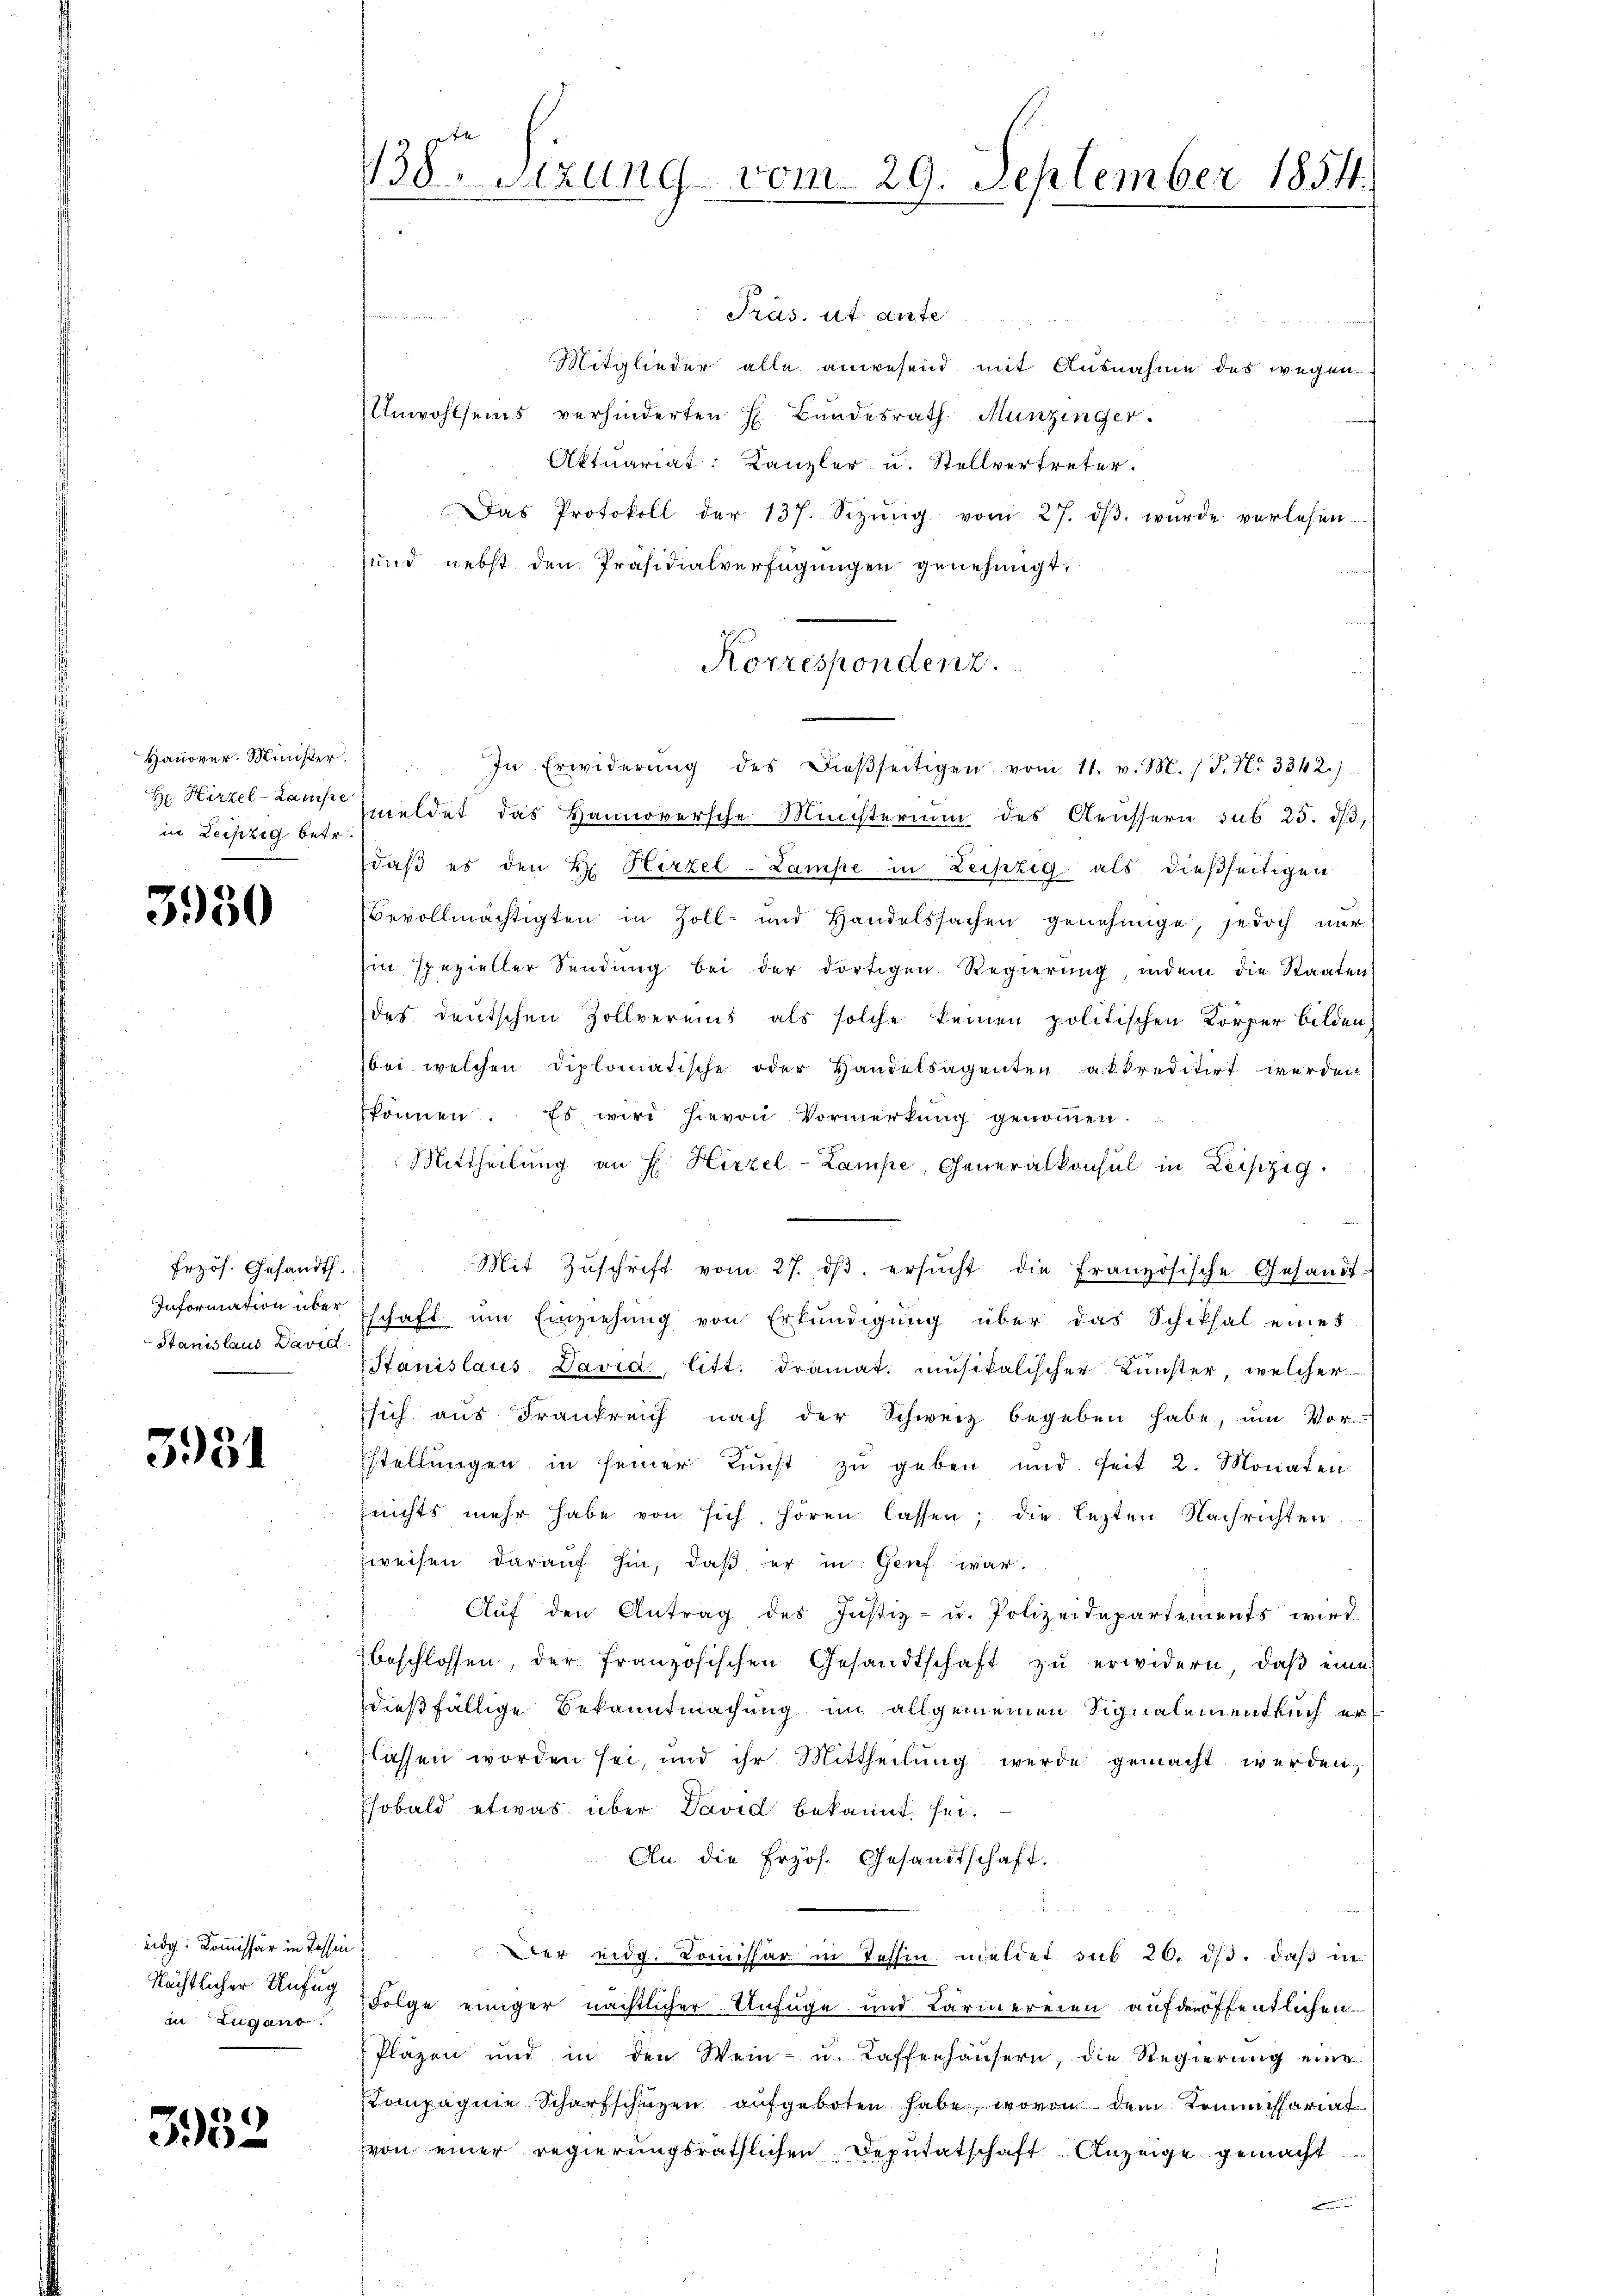
Hanover Minister.
H Hirzel-Lauisse
in Leipzig betr.

3950

Erzös. Gesandt.
Stanislaus David

3951

eidg. Kommissär in Tessin,
Nächtlicher Unfug
in Zugano.

3952

138. Sizung vom 29. September 1854.

Präs. ut ante

.
Mitglieder alle anwesend mit Ausnahme des wegen
Unwohlseins verhinderten H. Bundesrath Munzinger.
Aktuariat: Kanzler u. Stellvertreter.
Das Protokoll der 137. Sizŭng vom 27. dβ wŭrde verlesen
sund nebst den Präsidialverfügungen genehmigt;
In Erwiderŭng des Dieβseitigen vom 11. v. M. / P. Nr. 3342.)
meldet das Hannoversche Ministerium des Aeussern sub 25. dβ,
daß es den H. Hirzel-Lampe in Zeiszig als dießseitigen
Bevollmächtigten in Zoll- und Handelssachen genehmige, jedoch nur
Ein spezieller Sendŭng bei der dortigen Regierŭng, indem die Staaten
des deutschen Zollvereins als solche keinen politischen Körper bilden,
bei welchen diplomatische oder Handelsagenten akkreditirt werden
können. Es wird hievon Vormerkung genommen.
Mittheilung an H. Hirzel-Lampe, Generalkonsul in Leipzig.
Mit Zŭschrift vom 27. dβ. ersŭcht die französische Gesandt-
Information über schaft um Einziehung von Erkundigung über das Schiksal eines
Stanislaus David, litt. dramat. unsikalischer Künster, welcher
ssich aus Frankreich nach der Schweiz begeben habe, um Vor-
stellungen in seiner Kunst zu geben und seit 2. Monaten.
nichts mehr habe von sich hören lassen; die lezten Nachrichten
weisen darauf hin, daß er in Genf war.
Auf den Antrag des Justiz- u. Polizeidepartements wird
beschlossen, der französischen Gesandtschaft zu erwidern, daß eine
dießfällige Bekanntmachung im allgemeinen Signalementbuch er
lassen worden sei, und ihr Mittheilŭng werde gemacht werden,
sobald etwas über David bekannt sei.
An die Erzös. Gesandtschaft.

Der eidg. Kommissär in Tessin meldet sub 20. ds. daß in
4
Folge einiger nächtlicher Anfüge und Lärmereien aufderöffentlichen
Pläzen und in den Wein- u. Kaffenhäŭsern, die Regierŭng eine
Compagnie Scharfschüzen aufgeboten habe, wovon dem Kommissariat
von einer regierungsräthlichen Deputatschaft Anzeige gemacht

Korrespondenz.